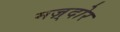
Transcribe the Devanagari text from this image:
मज़्दोर